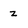
Character: z